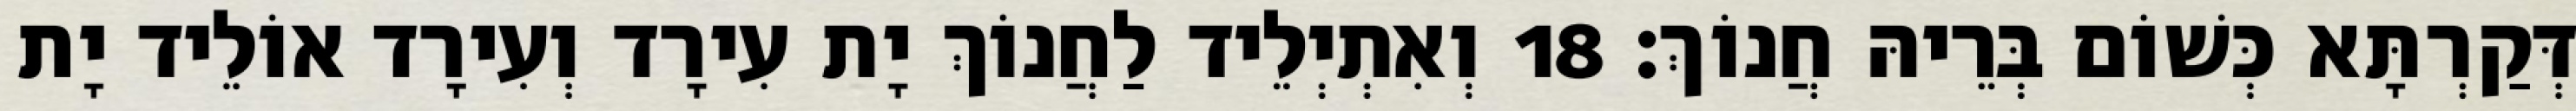
דְּקַרְתָּא כְּשׁוֹם בְּרֵיהּ חֲנוֹךְ׃ 18 וְאִתְיְלֵיד לַחֲנוֹךְ יָת עִירָד וְעִירָד אוֹלֵיד יָת